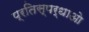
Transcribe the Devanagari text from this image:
प्रतिस्पर्धाओ